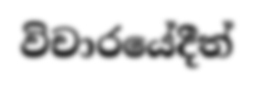
විචාරයේදීත්